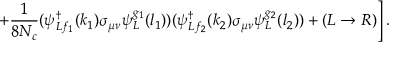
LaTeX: \left. + \frac { 1 } { 8 N _ { c } } ( \psi _ { L f _ { 1 } } ^ { \dagger } ( k _ { 1 } ) \sigma _ { \mu \nu } \psi _ { L } ^ { g _ { 1 } } ( l _ { 1 } ) ) ( \psi _ { L f _ { 2 } } ^ { \dagger } ( k _ { 2 } ) \sigma _ { \mu \nu } \psi _ { L } ^ { g _ { 2 } } ( l _ { 2 } ) ) + \left( L \rightarrow R \right) \right] .